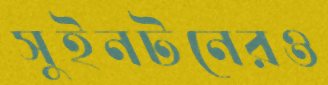
সুইনটনেরও